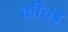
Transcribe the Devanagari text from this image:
कींचड़